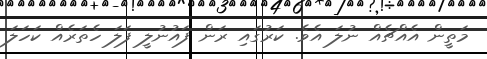
މަތީން އެއްޗެއް ނުލަ އެވެ. ކަރުގައި ރަން ފައުނުލީ ފަލަ ހެތަރެއް ކަހަލަ